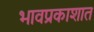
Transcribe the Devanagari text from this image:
भावप्रकाशात